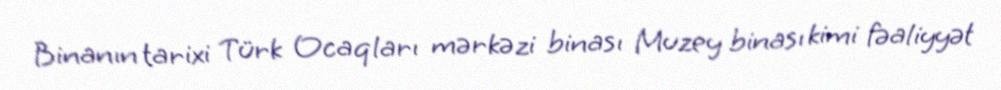
Binanın tarixi Türk Ocaqları mərkəzi binası Muzey binası kimi fəaliyyət